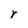
Character: r